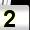
Digit: 2